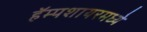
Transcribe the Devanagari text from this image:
हॅम्पशायरमध्ये